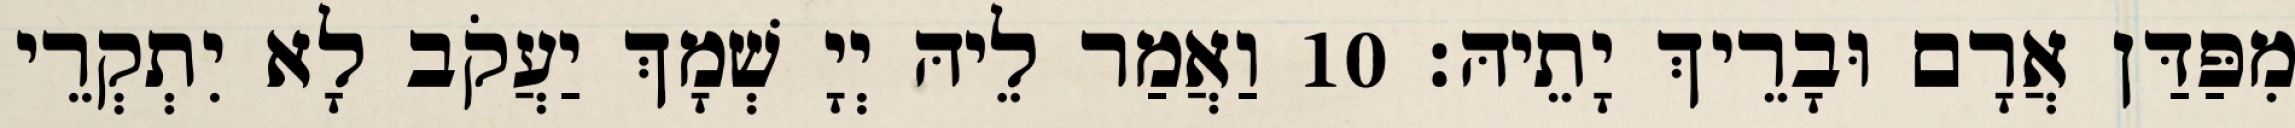
מִפַּדַּן אֲרָם וּבָרֵיךְ יָתֵיהּ׃ 10 וַאֲמַר לֵיהּ יְיָ שְׁמָךְ יַעֲקֹב לָא יִתְקְרֵי